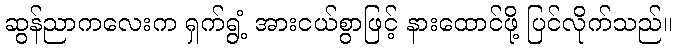
ဆွန်ညာကလေးက ရှက်ရွံ့ အားငယ်စွာဖြင့် နားထောင်ဖို့ ပြင်လိုက်သည်။